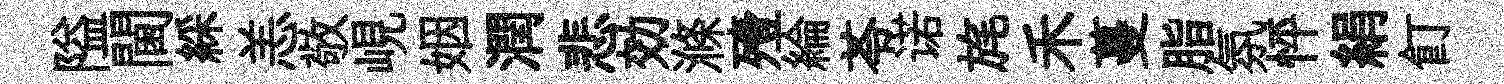
隘閫綵恙敬峴姻潤悲効滌殪綸苓诺旄禾蔓脂氛怦絹飣